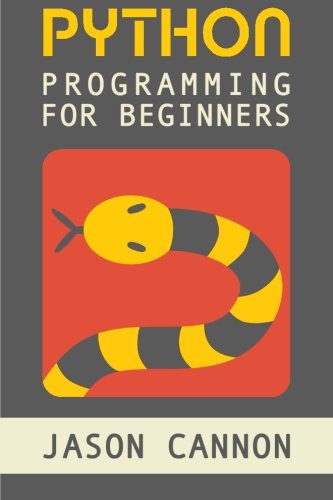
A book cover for Python Programming for Beginners: An Introduction to the Python Computer Language and Computer Programming; Jason Cannon; Computers & Technology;